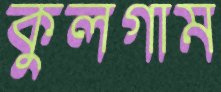
কুলগাম